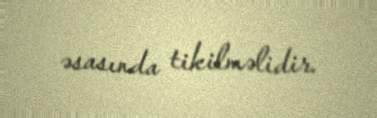
əsasında tikilməlidir.